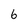
Character: 6